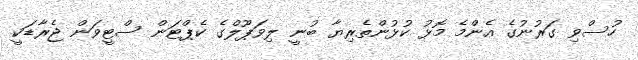
ހުސްވި ގަރުނުގެ އެންމެ މޮޅު ކުޅުންތެރިޔާ ބުނީ ލިވަޕޫލްގެ ކެޕްޓަން ސްޓީވަން ޖެރާޑަކީ